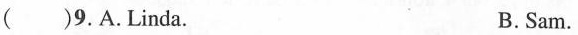
( )9.A.Linda. B. Sam.